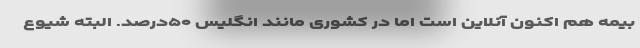
بیمه هم اکنون آنلاین است اما در کشوری مانند انگلیس ۵۰درصد. البته شیوع